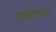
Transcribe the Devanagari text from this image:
प्रोतेक्श्योन